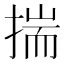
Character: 揣